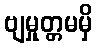
ဗျမှုတ္တမမှိ